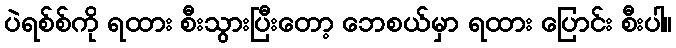
ပဲရစ်စ်ကို ရထား စီးသွားပြီးတော့ ဘေစယ်မှာ ရထား ပြောင်း စီးပါ။